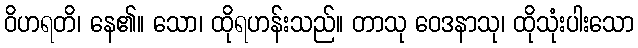
ဝိဟရတိ၊ နေ၏။ သော၊ ထိုရဟန်းသည်။ တာသု ဝေဒနာသု၊ ထိုသုံးပါးသော